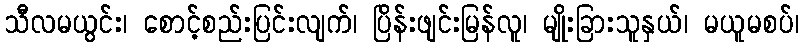
သီလမယွင်း၊ စောင့်စည်းပြင်းလျက်၊ ပြိန်းဖျင်းမြန်လူ၊ မျိုးခြားသူနှယ်၊ မယူမစပ်၊